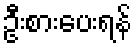
ဦးစားပေးရန်